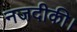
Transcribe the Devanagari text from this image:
नजदीकी।